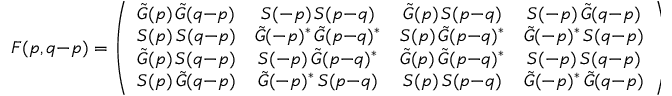
{ \cal F } ( p , q { - } p ) = \left( \begin{array} { l c c c } { { \tilde { G } ( p ) \, \tilde { G } ( q { - } p ) } } & { { S ( - p ) \, S ( p { - } q ) } } & { { \tilde { G } ( p ) \, S ( p { - } q ) } } & { { S ( - p ) \, \tilde { G } ( q { - } p ) } } \\ { { S ( p ) \, S ( q { - } p ) } } & { { \tilde { G } ( - p ) ^ { * } \, \tilde { G } ( p { - } q ) ^ { * } } } & { { S ( p ) \, \tilde { G } ( p { - } q ) ^ { * } } } & { { \tilde { G } ( - p ) ^ { * } \, S ( q { - } p ) } } \\ { { \tilde { G } ( p ) \, S ( q { - } p ) } } & { { S ( - p ) \, \tilde { G } ( p { - } q ) ^ { * } } } & { { \tilde { G } ( p ) \, \tilde { G } ( p { - } q ) ^ { * } } } & { { S ( - p ) \, S ( q { - } p ) } } \\ { { S ( p ) \, \tilde { G } ( q { - } p ) } } & { { \tilde { G } ( - p ) ^ { * } \, S ( p { - } q ) } } & { { S ( p ) \, S ( p { - } q ) } } & { { \tilde { G } ( - p ) ^ { * } \, \tilde { G } ( q { - } p ) } } \end{array} \right) \; .